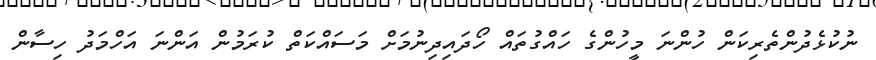
ނުކުޅެދުންތެރިކަން ހުންނަ މީހުންގެ ހައްގުތައް ހޯދައިދިނުމަށް މަސައްކަތް ކުރަމުން އަންނަ އަހްމަދު ހިސާން